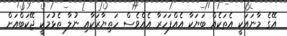
އޭގެ މާނައަކީ އެތަކެއް ބަޔަކާ އެއްފަހަރާ އެއްވެސް ހަތިޔާރަކާއި ނުލާ ތެޅުމަކީ ޖޭކަބްއަށް